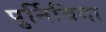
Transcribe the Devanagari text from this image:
पुर्निविदा